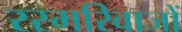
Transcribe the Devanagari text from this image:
रस्मरिवाजों